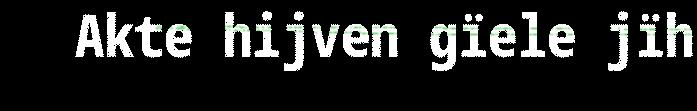
Akte hijven gïele jïh